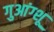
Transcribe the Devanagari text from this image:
गुआंग्शू